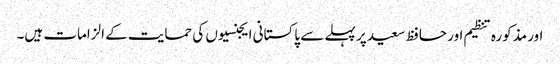
اور مذکورہ تنظیم اور حافظ سعید پر پہلے سے پاکستانی ایجنسیوں کی حمایت کے الزامات ہیں۔